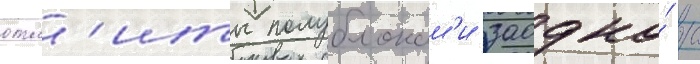
отл'иты полублокам'и заодно́ с